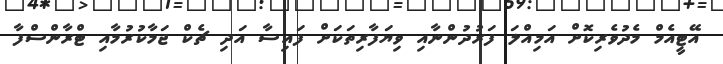
އޭޓީއެމް މެދުވެރިކޮށް އަމިއްލަ ފަރުދުންނާއި ވިޔަފާރިތަކަށް ފައިސާ އަދި ޗެކް ޖަމާކުރުމާއި ޓްރާންސްފާ